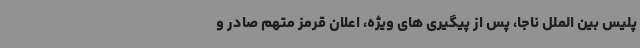
پلیس بین الملل ناجا، پس از پیگیری های ویژه، اعلان قرمز متهم صادر و